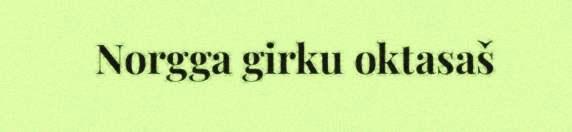
Norgga girku oktasaš